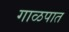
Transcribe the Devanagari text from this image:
गाळपात